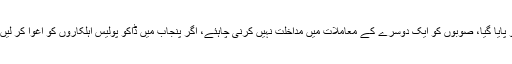
پرویزخٹک کا کہنا تھا کہ پنجاب میں کئی سالوں میں ڈینگی پر قابو پایا گیا، صوبوں کو ایک دوسرے کے معاملات میں مداخلت نہیں کرنی چاہئے، اگر پنجاب میں ڈاکو پولیس اہلکاروں کو اغوا کر لیں تو کیا ہم یہاں سے انہیں بازیاب کرانے کیلئے پولیس بھیجیں گے؟